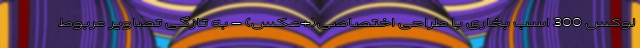
لوکس 300 اسب بخاری با طراحی اختصاصی(+عکس) - به تازگی تصاویر مربوط